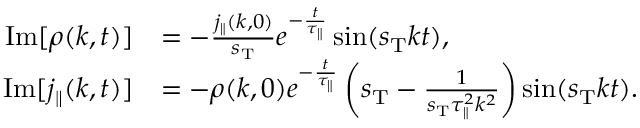
\begin{array} { r l } { \mathrm { I m } [ \rho ( k , t ) ] } & { = - \frac { j _ { \parallel } ( k , 0 ) } { s _ { \mathrm { T } } } e ^ { - \frac { t } { \tau _ { \parallel } } } \sin ( s _ { \mathrm { T } } k t ) , } \\ { \mathrm { I m } [ j _ { \parallel } ( k , t ) ] } & { = - \rho ( k , 0 ) e ^ { - \frac { t } { \tau _ { \parallel } } } \left( s _ { \mathrm { T } } - \frac { 1 } { s _ { \mathrm { T } } \tau _ { \parallel } ^ { 2 } k ^ { 2 } } \right) \sin ( s _ { \mathrm { T } } k t ) . } \end{array}